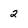
Character: 2